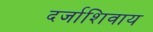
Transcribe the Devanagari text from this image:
दर्जाशिवाय